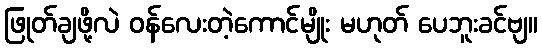
ဖြုတ်ချဖို့လဲ ဝန်လေးတဲ့ကောင်မျိုး မဟုတ် ပေဘူးခင်ဗျ။